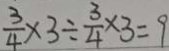
\frac { 3 } { 4 } \times 3 \div \frac { 3 } { 4 } \times 3 = 9